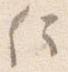
信